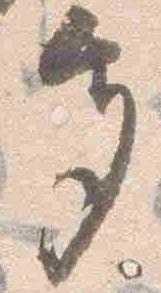
多